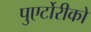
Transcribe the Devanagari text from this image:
पुएर्टोरीको